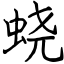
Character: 蛲